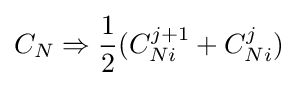
C_{N}\Rightarrow {\frac {1}{2}}(C_{Ni}^{j+1}+C_{Ni}^{j})